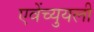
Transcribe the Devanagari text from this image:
एवेंच्युयली